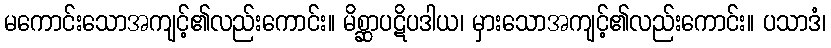
မကောင်းသောအကျင့်၏လည်းကောင်း။ မိစ္ဆာပဋိပဒါယ၊ မှားသောအကျင့်၏လည်းကောင်း။ ပသာဒံ၊